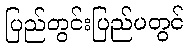
ပြည်တွင်းပြည်ပတွင်